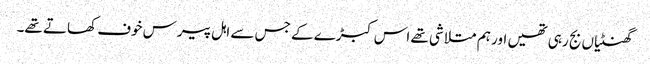
گھنٹیاں بج رہی تھیں اور ہم متلاشی تھے اس کبڑے کے جس سے اہل پیرس خوف کھاتے تھے۔